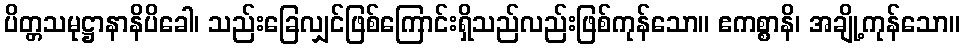
ပိတ္တသမုဋ္ဌာနာနိပိခေါ၊ သည်းခြေလျှင်ဖြစ်ကြောင်းရှိသည်လည်းဖြစ်ကုန်သော။ ဧကစ္စာနိ၊ အချို့ကုန်သော။